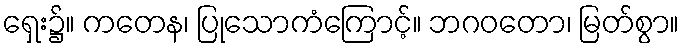
ရှေး၌။ ကတေန၊ ပြုသောကံကြောင့်။ ဘဂဝတော၊ မြတ်စွာ။